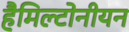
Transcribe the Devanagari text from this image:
हैमिल्टोनीयन